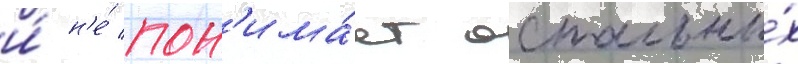
и́ н'е́ пон'има́ет остальны́х